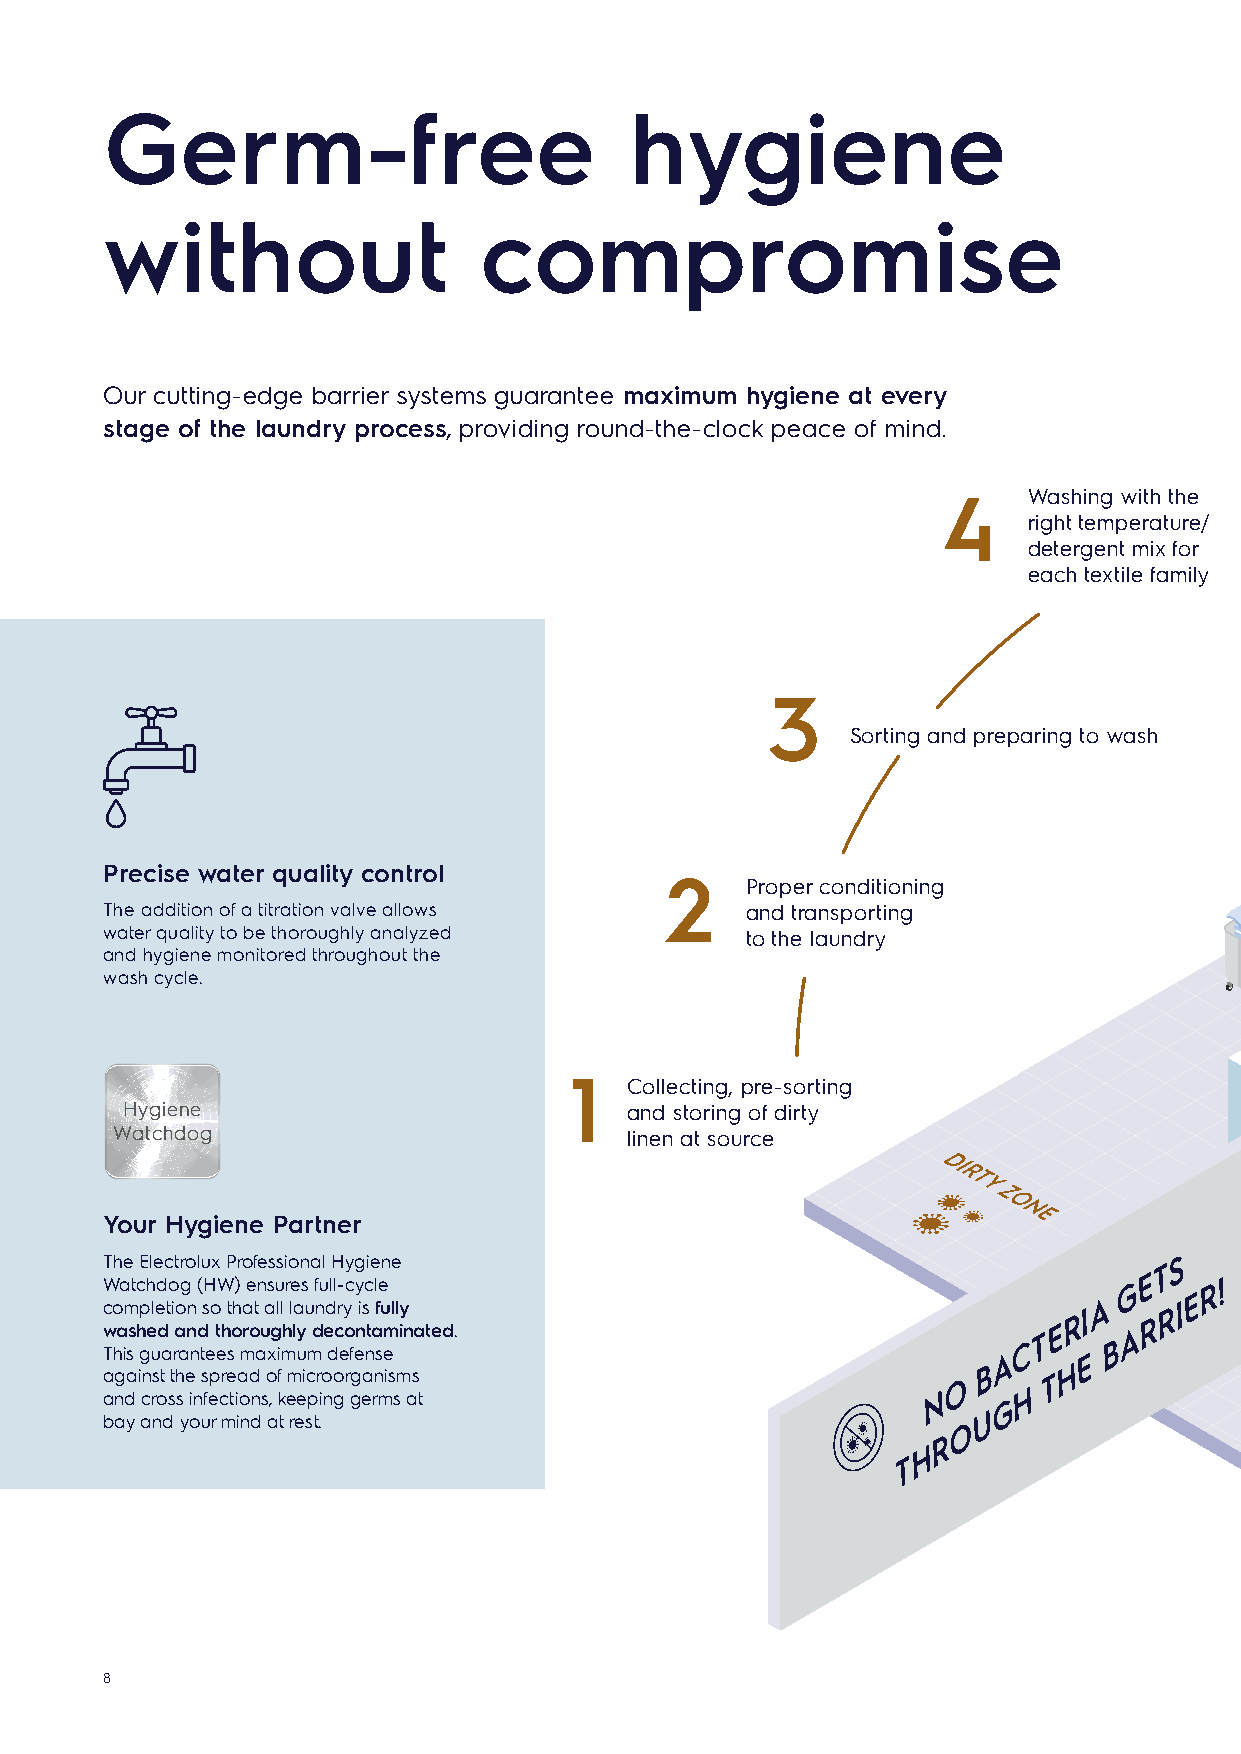
Germ-free                          hygiene
 without                  compromise
 Our cutting-edge barrier systems guarantee maximum hygiene at every
 stage of the laundry process, providing round-the-clock peace of mind.
 4     Washing with the
 right temperature/                           5     Drying and ironing
 detergent mix for                                  to be carried out quickly to
 each textile family                                minimize re-contamination
 3
 6
 Proper protection of clean linen
 Sorting and preparing to wash
 and preparing for delivery
 Precise water quality control                                                                                                  7
 2    Proper conditioning                                                                        Transporting clean
 The addition of a titration valve allows  and transporting                                                                           linen back to wards
 water quality to be thoroughly analyzed   to the laundry
 and hygiene monitored throughout the
 wash cycle.
 8
 Proper storing
 1  Collecting, pre-sorting                                                                                       of clean linen
 Hygiene                          and storing of dirty                                                                                          in wards
 Watchdog                          linen at source
 Your Hygiene Partner
 The Electrolux Professional Hygiene                                  TS
 Watchdog (HW) ensures full-cycle                                   GE   R!
 completion so that all laundry is fully
 RIA  RRIE
 washed and thoroughly decontaminated.                       CTE   BA
 This guarantees maximum defense                            A    E
 B    H
 a ag nda i cn rs ot sth
 s
 e
 in
 s fep cre tia od
 n
 so
 ,
 f
 k
 em eic pr io ngo r gg ea rn mis sm as
 t
 NO
 GH
 T
 U
 bay and your mind at rest.                              O
 R
 H
 T
 8